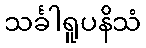
သင်္ခါရူပနိသံ